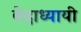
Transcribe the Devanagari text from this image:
वेदाध्यायी